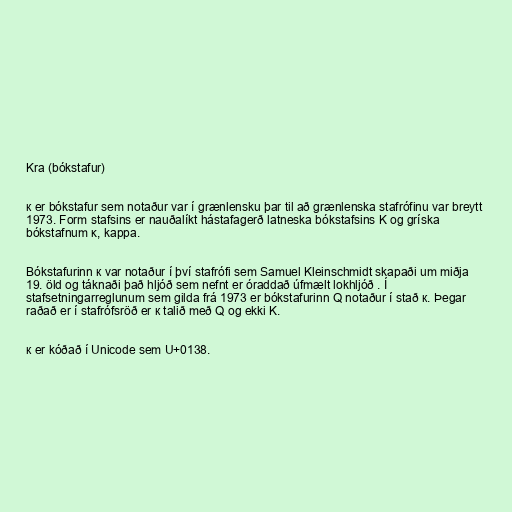
Kra (bókstafur)

ĸ er bókstafur sem notaður var í grænlensku þar til að grænlenska stafrófinu var breytt
1973. Form stafsins er nauðalíkt hástafagerð latneska bókstafsins K og gríska
bókstafnum κ, kappa.

Bókstafurinn ĸ var notaður í því stafrófi sem Samuel Kleinschmidt skapaði um miðja
19. öld og táknaði það hljóð sem nefnt er óraddað úfmælt lokhljóð . Í
stafsetningarreglunum sem gilda frá 1973 er bókstafurinn Q notaður í stað ĸ. Þegar
raðað er í stafrófsröð er ĸ talið með Q og ekki K.

ĸ er kóðað í Unicode sem U+0138.